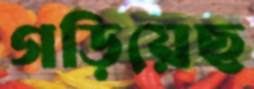
গড়িয়েছ